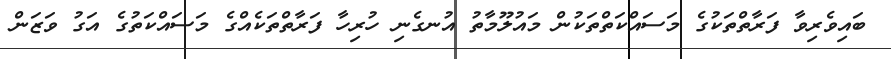
ބައިވެރިވާ ފަރާތްތަކުގެ މަސައްކަތްތަކުން މައުލޫމާތު އުނގެނި ހުރިހާ ފަރާތްތަކެއްގެ މަސައްކަތުގެ އަގު ވަޒަން